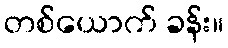
တစ်ယောက် ခန်း။